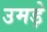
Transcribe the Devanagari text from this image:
उमड़े